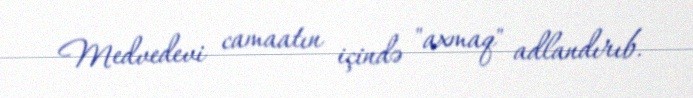
Medvedevi camaatın içində "axmaq" adlandırıb.